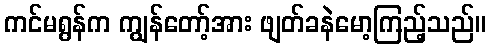
ကင်မရွန်က ကျွန်တော့်အား ဖျတ်ခနဲမော့ကြည့်သည်။